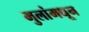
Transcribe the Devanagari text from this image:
मुलांमधून